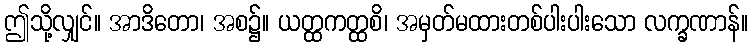
ဤသို့လျှင်။ အာဒိတော၊ အစ၌။ ယတ္ထကတ္ထစိ၊ အမှတ်မထားတစ်ပါးပါးသော လက္ခဏာန်။